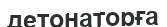
детонаторға